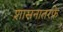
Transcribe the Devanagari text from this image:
शासनातरफे